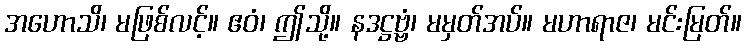
အဟောသိ၊ မဖြစ်လင့်။ ဧဝံ၊ ဤသို့။ နဒဋ္ဌဗ္ဗံ၊ မမှတ်အပ်။ မဟာရာဇ၊ မင်းမြတ်။